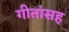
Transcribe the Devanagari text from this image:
गीतांसह